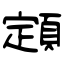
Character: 顁